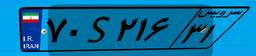
۷۸S۵۴۸۸۶